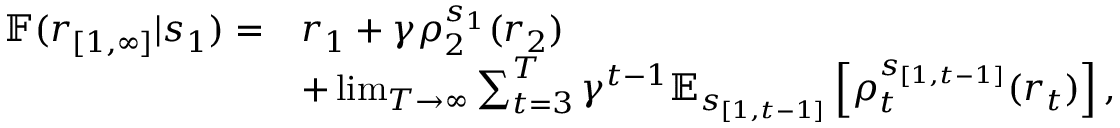
\begin{array} { r l } { \mathbb { F } ( r _ { [ 1 , \infty ] } | s _ { 1 } ) = } & { r _ { 1 } + \gamma \rho _ { 2 } ^ { s _ { 1 } } ( r _ { 2 } ) } \\ & { + \operatorname* { l i m } _ { T \to \infty } \sum _ { t = 3 } ^ { T } \gamma ^ { t - 1 } \mathbb { E } _ { s _ { [ 1 , t - 1 ] } } \left[ { \rho _ { t } ^ { s _ { [ 1 , t - 1 ] } } } ( r _ { t } ) \right] , } \end{array}